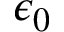
\epsilon _ { 0 }